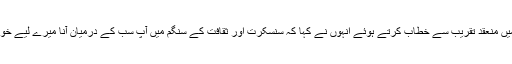
جگد گرو وشوارادھیہ میں منعقد تقریب سے خطاب کرتے ہوئے انہوں نے کہا کہ سنسکرت اور ثقافت کے سنگم میں آپ سب کے درمیان آنا میرے لیے خوش قسمتی کی بات ہے۔